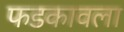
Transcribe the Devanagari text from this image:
फडकावला